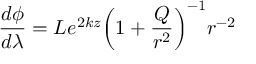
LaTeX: \frac { d \phi } { d \lambda } = L e ^ { 2 k z } { \left( 1 + \frac { Q } { r ^ { 2 } } \right) } ^ { - 1 } r ^ { - 2 }